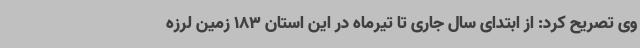
وی تصریح کرد: از ابتدای سال جاری تا تیرماه در این استان 183 زمین لرزه